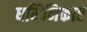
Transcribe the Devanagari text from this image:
धमिनिकाए